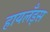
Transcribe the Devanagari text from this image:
हायलँड्स